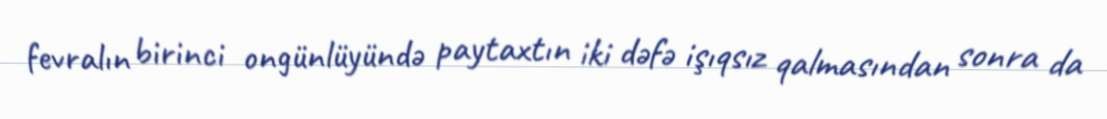
fevralın birinci ongünlüyündə paytaxtın iki dəfə işıqsız qalmasından sonra da